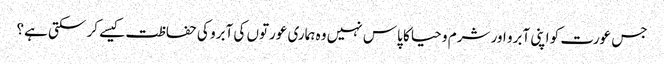
جس عورت کو اپنی آبرو اور شرم و حیا کا پاس نہیں وہ ہماری عورتوں کی آبرو کی حفاظت کیسے کر سکتی ہے؟